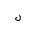
Letter: _lam